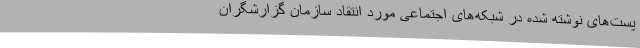
پست‌های نوشته شده در شبکه‌های اجتماعی مورد انتقاد سازمان گزارشگران